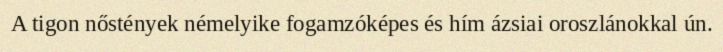
A tigon nőstények némelyike fogamzóképes és hím ázsiai oroszlánokkal ún.